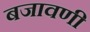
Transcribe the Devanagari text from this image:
बजावणी